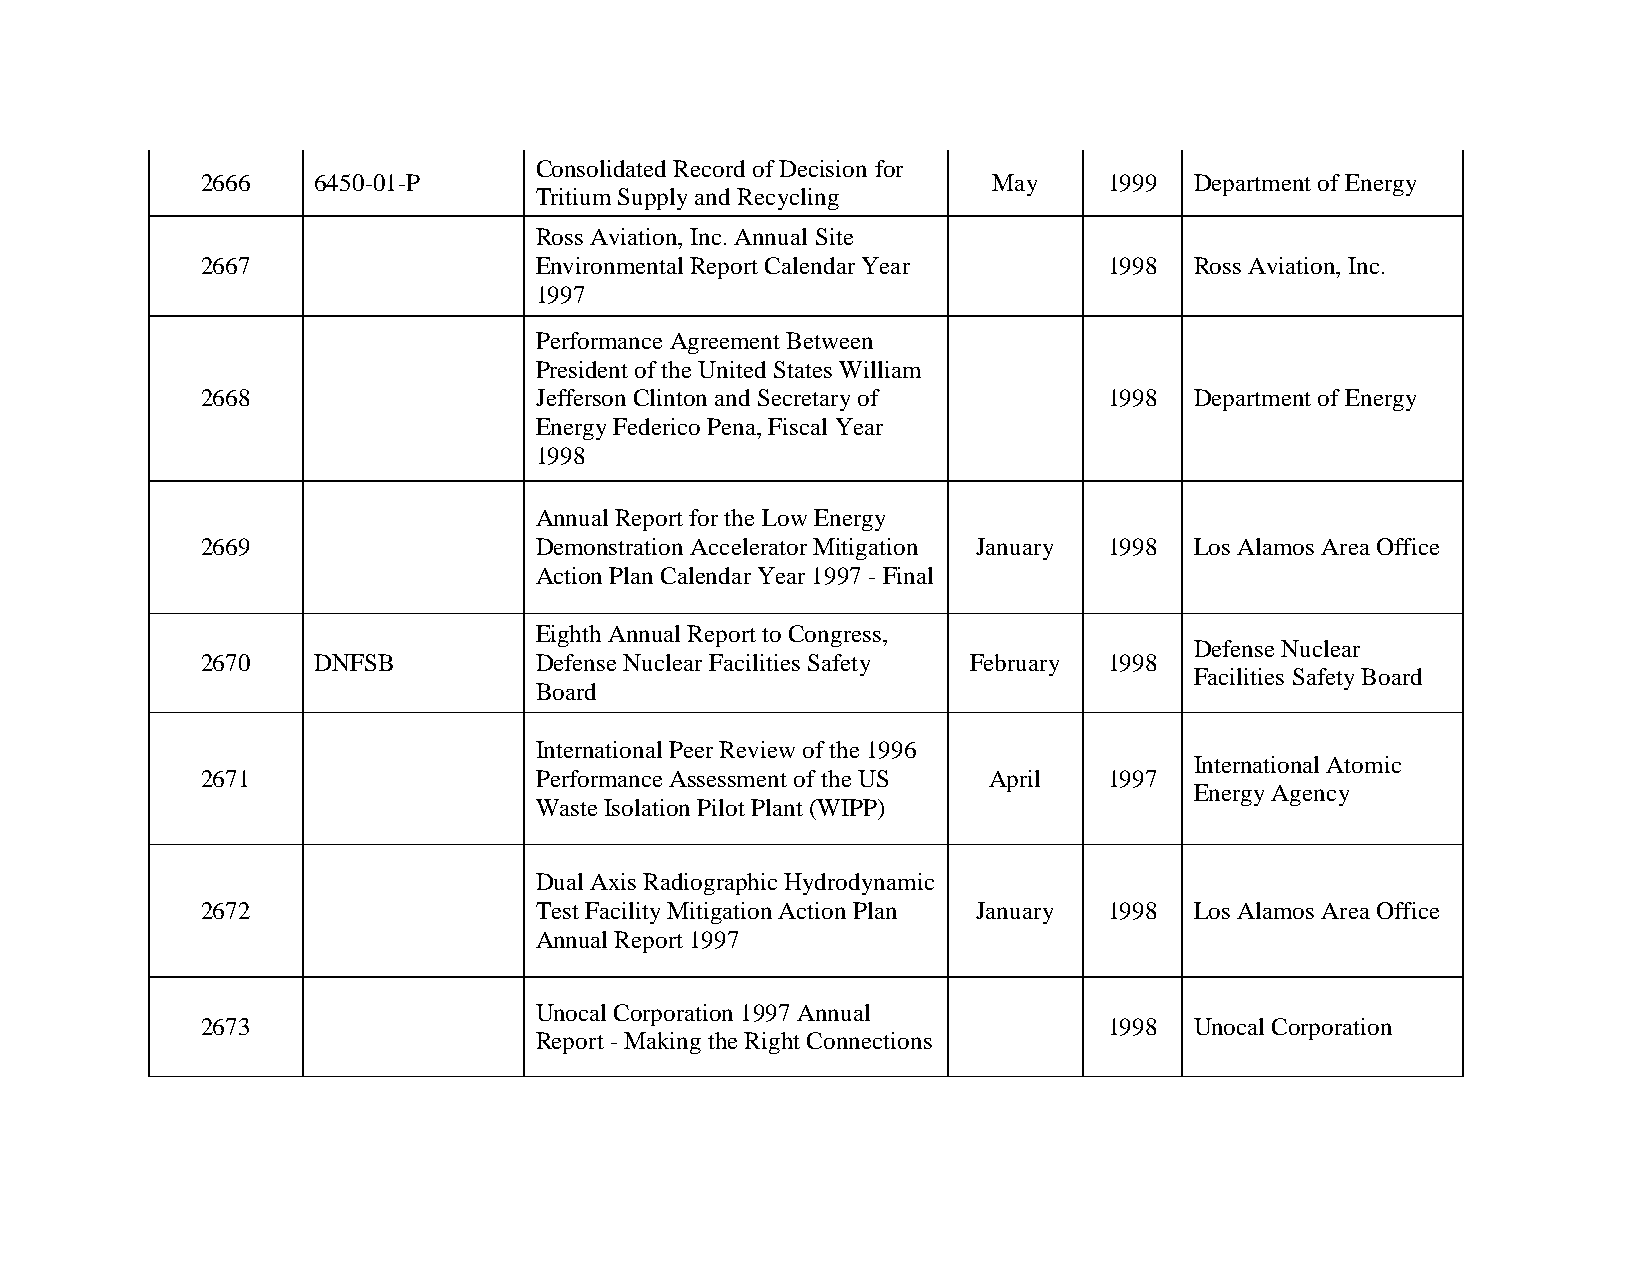
Consolidated Record of Decision for
 2666    6450-01-P                                    May    1999  Department of Energy
 Tritium Supply and Recycling
 Ross Aviation, Inc. Annual Site
 2667                  Environmental Report Calendar Year    1998  Ross Aviation, Inc.
 1997
 Performance Agreement Between
 President of the United States William
 2668                  Jefferson Clinton and Secretary of    1998  Department of Energy
 Energy Federico Pena, Fiscal Year
 1998
 Annual Report for the Low Energy
 2669                  Demonstration Accelerator Mitigation January 1998 Los Alamos Area Office
 Action Plan Calendar Year 1997 - Final
 Eighth Annual Report to Congress,
 Defense Nuclear
 2670    DNFSB         Defense Nuclear Facilities Safety February 1998
 Facilities Safety Board
 Board
 International Peer Review of the 1996
 International Atomic
 2671                  Performance Assessment of the US April 1997
 Energy Agency
 Waste Isolation Pilot Plant (WIPP)
 Dual Axis Radiographic Hydrodynamic
 2672                  Test Facility Mitigation Action Plan January 1998 Los Alamos Area Office
 Annual Report 1997
 Unocal Corporation 1997 Annual
 2673                                                        1998  Unocal Corporation
 Report - Making the Right Connections